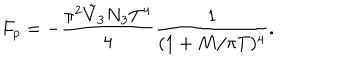
F _ { p } = - \frac { \pi ^ { 2 } \tilde { V } _ { 3 } N _ { 3 } T ^ { 4 } } { 4 } \frac { 1 } { ( 1 + M / \pi T ) ^ { 4 } } .